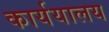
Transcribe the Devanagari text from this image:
कार्ययालय